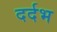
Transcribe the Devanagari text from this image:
दर्दभ